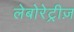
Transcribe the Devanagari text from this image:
लेबोरेट्रीज़